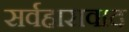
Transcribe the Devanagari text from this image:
सर्वहारावाद